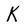
Character: K